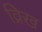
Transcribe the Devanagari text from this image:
व्रिख